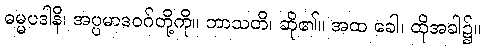
ဓမ္မပဒါနိ၊ အပ္ပမာဒဝဂ်တို့ကို။ ဘာသတိ၊ ဆို၏။ အထ ခေါ၊ ထိုအခါ၌။